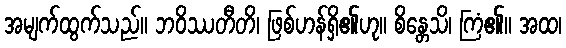
အမျက်ထွက်သည်။ ဘဝိဿတီတိ၊ ဖြစ်ဟန်ရှိ၏ဟု။ စိန္တေသိ၊ ကြံ၏။ အထ၊